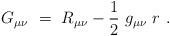
LaTeX: \begin{align*}G_{\mu\nu} \ = \ R_{\mu\nu} - \frac 1 2 \ g_{\mu\nu} \ r \ .\end{align*}